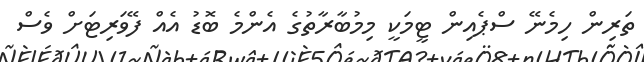
ތަރިން ހިމެނޭ ސްޕެއިން ޓީމަކީ މިމުބާރާތުގެ އެންމެ ބޮޑު އެއް ފޭވަރިޓަށް ވެސް